Annual administration report of the Civil Veterinary Department of India - 1893-1894
Year: 1893
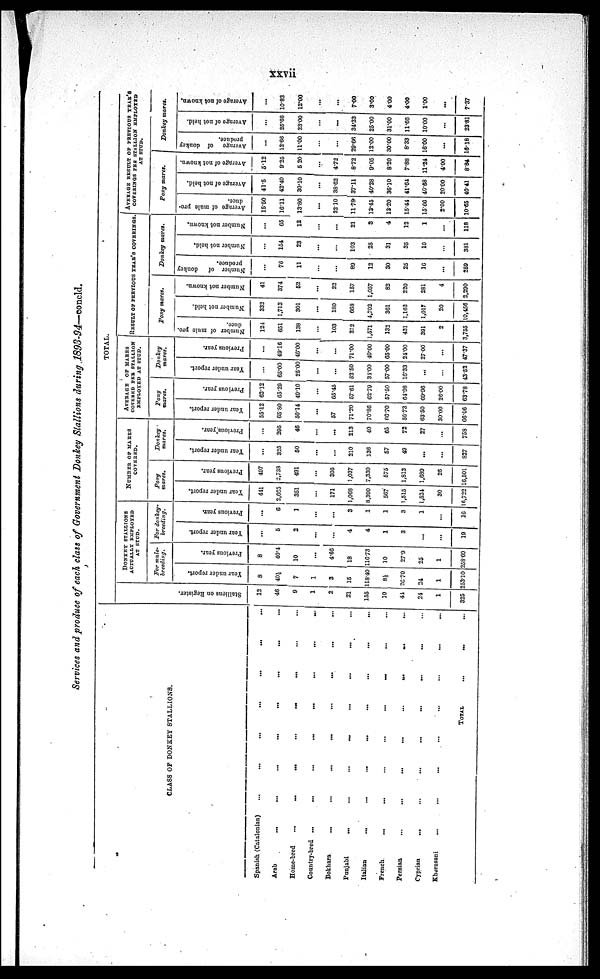
xxvii
Services and produce of each class of Government Donkey Stallions during 1893-94—concld.
CLASS OF DONKEY STALLIONS.
Spanish (Catalonian)
...
...
...
...
...
...
...
Arab
...
...
...
...
...
...
...
...
Home-bred ... ... ... ... ... ... ... ...
Country-bred
...
...
...
...
...
...
...
...
Bokhara
...
...
...
...
...
...
...
...
Punjabi
...
...
...
...
...
...
...
...
Italian
...
...
...
...
...
...
...
...
French ... ... ... ... ... ... ... ...
Persian
...
...
...
...
...
...
...
...
Cyprian ... ... ... ... ... ... ... ...
Khorasani
...
...
...
...
...
...
...
...
TOTAL ... ... ...
TOTAL
St al l
i
ons on Regi st er .
12
46
9
1
2
21
155
10
44
24
1
325
DONKEY STALLIONS AC-
TUALLY EMPLOYED AT
STUD.
For mule-
breeding.
Year under report.
8
40½
7
1
3
15
118.40
8½
26.70
24
1
253.10
Previous year.
8
40.4
10
...
4.66
18
116.73
10
27.9
25
1
258.69
For donkey-
breeding.
Year under report.
....
5
2
...
...
4
4
1
3
...
...
19
Previous year.
...
6
1
...
...
3
1
1
3
1
...
16
NUMBER OF MARES
COVERED.
Pony
mares.
Year under report.
441
2,665
351
...
171
1,068
8,390
567
1,515
1,524
30
16,722
Previous year.
407
2,733
491
...
305
1,037
7,330
575
1,813
1,689
26
16,501
Donkey
mares.
Year under report.
...
325
50
...
...
210
136
57
49
...
...
827
Previous year.
...
295
46
...
...
213
40
65
72
27
...
758
AVERAGE OF MARES
COVERED PER STALLION
EMPLOYED AT STUD.
Pony
mares.
Year under report.
55.12
65.80
50.14
...
57
71.20
70.86
66.70
56.73
63.50
30.00
66.06
Previous year.
62.12
65.29
49.10
...
65.45
57.61
62.79
57.50
64.98
69.96
26.00
63.78
Donkey
mares.
Year under report.
...
65.00
25.00
...
...
52.50
34.00
57.00
16.33
...
...
43.52
Previous year.
...
49.16
46.00
...
...
71.00
40.00
65.00
24.00
2700
...
47.37
RESULT OF PREVIOUS YEAR'S COVERINGS.
Pony mares.
Number of mule pro.
duce.
124
651
138
...
103
212
1,571
132
431
391
2
3,755
Number not held.
332
1,713
301
...
180
663
4,702
361
1,162
1,017
20
10,456
Number not known.
41
374
52
...
22
157
1,057
82
220
281
4
2,290
Donkey
mares.
Number of
donkey
produce.
...
76
11
...
...
89
12
30
25
16
...
259
Number not held.
...
154
23
...
...
103
25
31
35
10
...
381
Number not known.
...
65
12
...
...
21
3
4
12
1
...
118
AVERAGE RESULT OF PREVIOUS
YEAR'S
COVERINGS PER STALLION EMPLOYED
AT STUD.
Pony mares.
Average of mule pro-
duce.
15.50
16.11
13.80
...
32.10
11.78
13.45
13.20
15.44
15.66
2.00
10.65
Average of not held.
41.5
42.40
30.10
...
38.62
37.11
40.28
36.10
41.64
40.68
20.00
40.41
Average of not known.
5.12
9.25
5.20
...
4.72
8.72
9.05
8.20
7.88
11.24
4.00
8.84
Donkey mares.
Average
of donkey
produce.
...
12.66
11.00
...
...
29.66
12.00
30.00
8.33
16.00
...
16.18
Average of not held.
...
25.66
23.00
...
...
34.33
25.00
31.00
11.66
10.00
...
23.81
Average of not known,
...
10.83
12.00
...
...
7.00
3.00
4.00
4.00
1.00
...
7.37